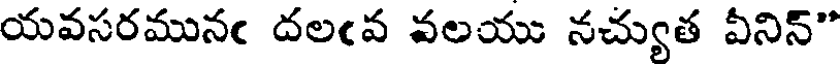
యవసరమునఁ దలఁవ వలయు నచ్యుత వీనిన్"